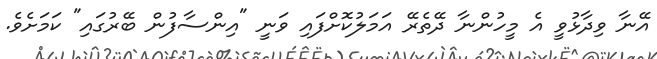
އޭނާ ވިދާޅުވީ އެ މީހުންނާ ދޭތެރޭ އަމަލުކޮށްފައި ވަނީ "އިންސާފުން ބޭރުގައި" ކަމަށެވެ.